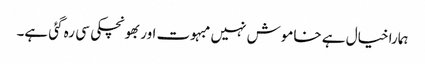
ہمارا خیال ہے خاموش نہیں مبہوت اور بھونچکی سی رہ گئی ہے۔